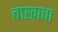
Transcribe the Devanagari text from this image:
बाखाचा